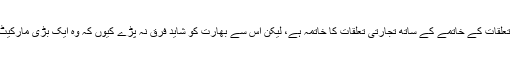
دوسری آپشن بھارت کے ساتھ سفارتی تعلقات کے خاتمے کے ساتھ تجارتی تعلقات کا خاتمہ ہے، لیکن اس سے بھارت کو شاید فرق نہ پڑے کیوں کہ وہ ایک بڑی مارکیٹ ہے، اس کے پاس بہت سی آپشنز ہیں۔